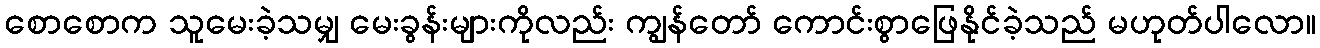
စောစောက သူမေးခဲ့သမျှ မေးခွန်းများကိုလည်း ကျွန်တော် ကောင်းစွာဖြေနိုင်ခဲ့သည် မဟုတ်ပါလော။